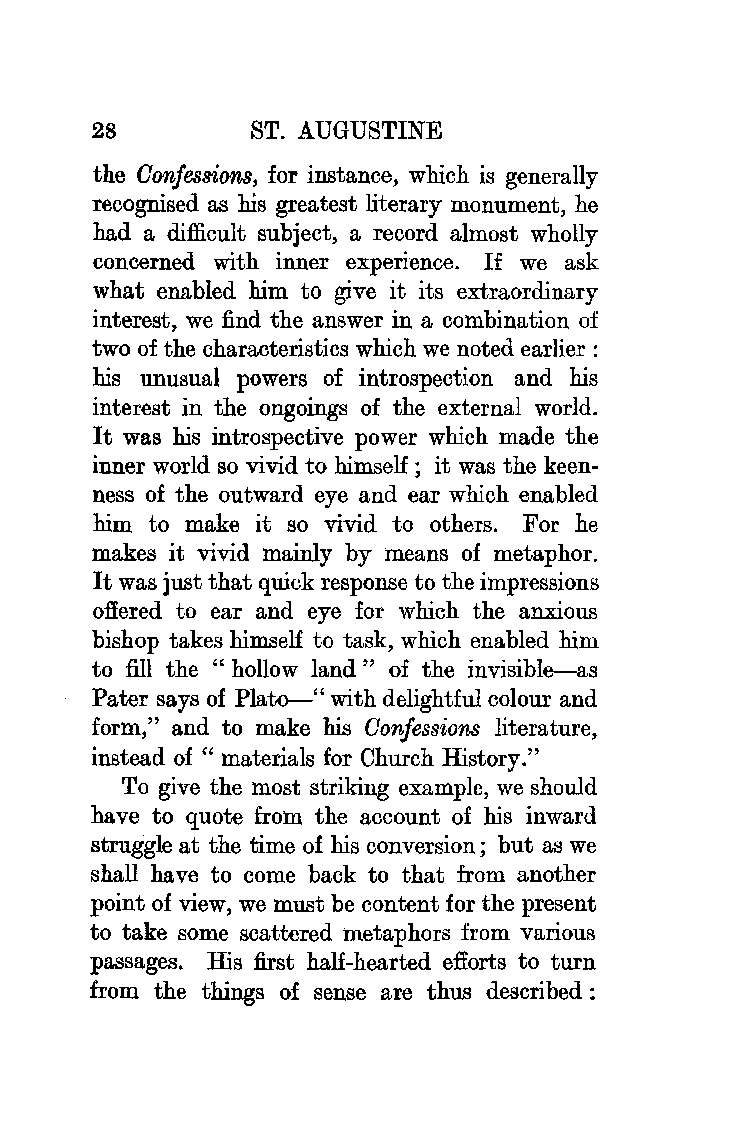
28         ST. AUGUSTINE
 the Confessions, for instance, which is generally
 recognised as his greatest literary monument, he
 had a difficult subject, a record almost wholly
 concerned with inner experience. If we ask
 what enabled him to give it its extraordinary
 interest, we find the answer in a combination of
 two of the characteristics which we noted earlier :
 his unusual powers of introspection and his
 interest in the ongoings of the external world.
 It was his introspective power which made the
 inner world so vivid to himself; it was the keen
 ness of the outward eye and ear which enabled
 him to make it so vivid to others. For he
 makes it vivid mainly by means of metaphor.
 It was just that quick response to the impressions
 offered to ear and eye for which the anxious
 bishop takes himself to task, which enabled him
 to fill the " hollow land " of the invisible-as
 Pater says of Plato-" with delightful colour and
 form," and to make his Confessions literature,
 instead of " materials for Church History."
 To give the most striking example, we should
 have to quote from the account of his inward
 struggle at the time of his conversion; but as we
 shall have to come back to that from another
 point of view, we must be content for the present
 to take some scattered metaphors from various
 passages. His first half-hearted efforts to turn
 from the things of sense are thus described :